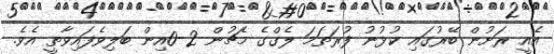
އެއީ ރަށުން ބޭރުގައި ކުޅުނު ފުރަތަމަ ލެގްގެ މެޗުން 2-0އިން ބަލިވެފައިވާތީ އެވެ.